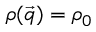
\rho ( \vec { q } ) = \rho _ { 0 }